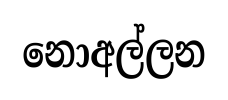
නොඅල්ලන